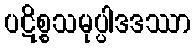
ပဋိစ္စသမုပ္ပါဒဒဿာ